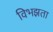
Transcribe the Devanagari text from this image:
विभझता